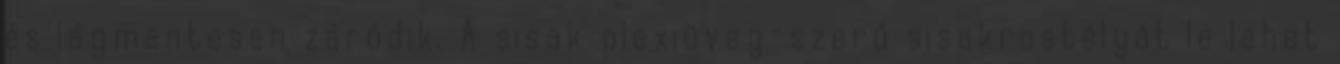
és légmentesen záródik. A sisak plexiüveg-szerű sisakrostélyát le lehet